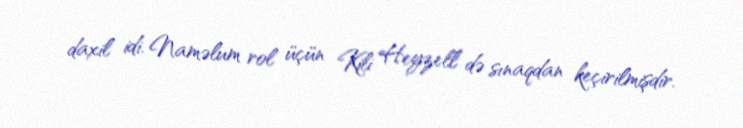
daxil idi. Naməlum rol üçün Kili Heyzell də sınaqdan keçirilmişdir.